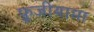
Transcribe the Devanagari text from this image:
फ़ूजीयामा